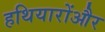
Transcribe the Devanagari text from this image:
हथियारोंऔर